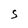
Character: S